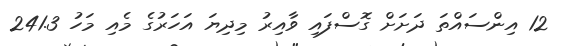
12 އިންސައްތަ ދަށަށް ގޮސްފައި ވާއިރު މިދިޔަ އަހަރުގެ މެއި މަހު 241.3